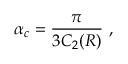
\alpha _ { c } = \frac { \pi } { 3 C _ { 2 } ( R ) } \ ,